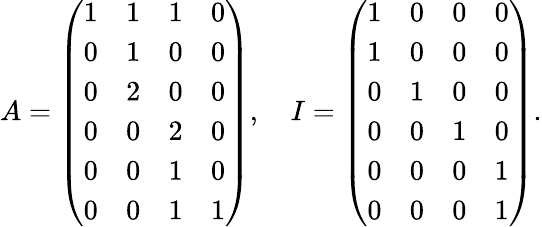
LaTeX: A=\left(\begin{array}{llll}{1}&{1}&{1}&{0}\\ {0}&{1}&{0}&{0}\\ {0}&{2}&{0}&{0}\\ {0}&{0}&{2}&{0}\\ {0}&{0}&{1}&{0}\\ {0}&{0}&{1}&{1}\end{array}\right),\quad I=\left(\begin{array}{llll}{1}&{0}&{0}&{0}\\ {1}&{0}&{0}&{0}\\ {0}&{1}&{0}&{0}\\ {0}&{0}&{1}&{0}\\ {0}&{0}&{0}&{1}\\ {0}&{0}&{0}&{1}\end{array}\right).